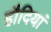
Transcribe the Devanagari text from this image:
हौदियां